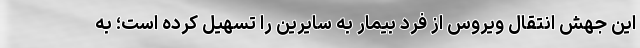
این جهش انتقال ویروس از فرد بیمار به سایرین را تسهیل کرده است؛ به